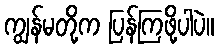
ကျွန်မတို့က ပြန်ကြဖို့ပါပဲ။